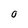
Character: 0